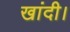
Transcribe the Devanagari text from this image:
खांदी।